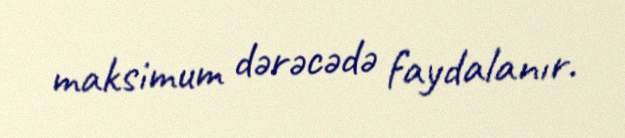
maksimum dərəcədə faydalanır.